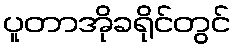
ပူတာအိုခရိုင်တွင်